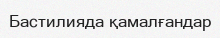
Бастилияда қамалғандар